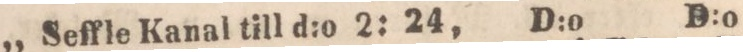
„ Seffle Kanal till d:o 2: 24, D:o D:o